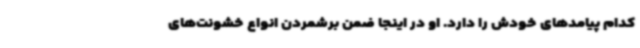
کدام پیامدهای خودش را دارد. او در اینجا ضمن برشمردن انواع خشونت‌های